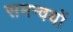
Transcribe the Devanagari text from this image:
समन्वयों